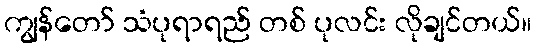
ကျွန်တော် သံပုရာရည် တစ် ပုလင်း လိုချင်တယ်။